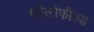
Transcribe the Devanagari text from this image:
फौलोफील्ड